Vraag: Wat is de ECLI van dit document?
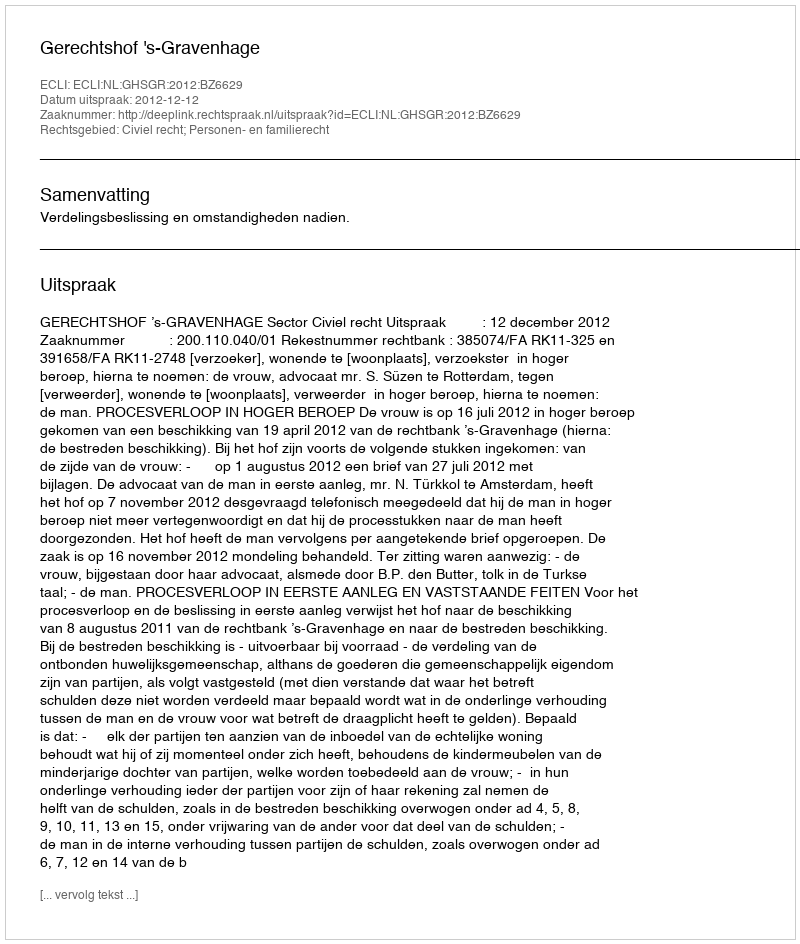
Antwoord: ECLI:NL:GHSGR:2012:BZ6629